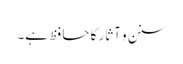
سنن و آثار کا حافظ ہے۔